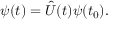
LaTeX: \psi ( t ) = { \hat { U } } ( t ) \psi ( t _ { 0 } ) .